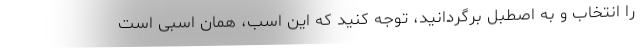
را انتخاب و به اصطبل برگردانید، توجه کنید که این اسب، همان اسبی است